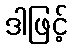
ဒါဖြင့်